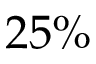
2 5 \%